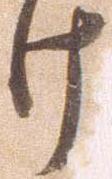
け